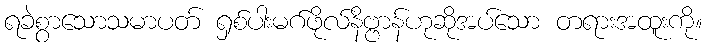
ရခဲစွာသောသမာပတ် ရှစ်ပါးမဂ်ဖိုလ်နိဗ္ဗာန်ဟုဆိုအပ်သော တရားအထူးကို။